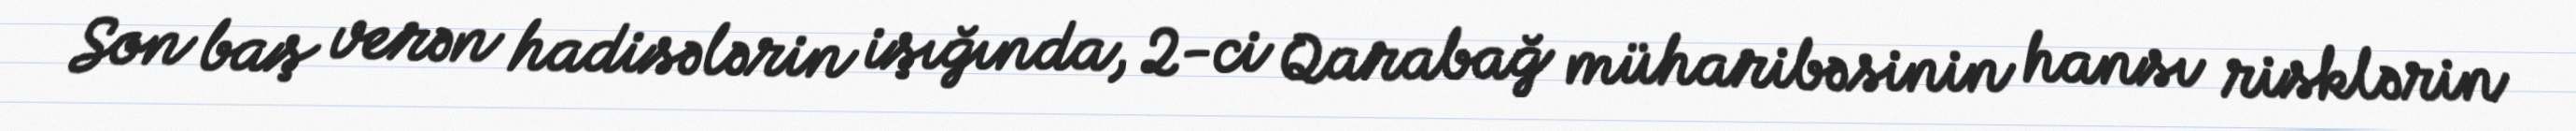
Son baş verən hadisələrin işığında, 2-ci Qarabağ müharibəsinin hansı risklərin